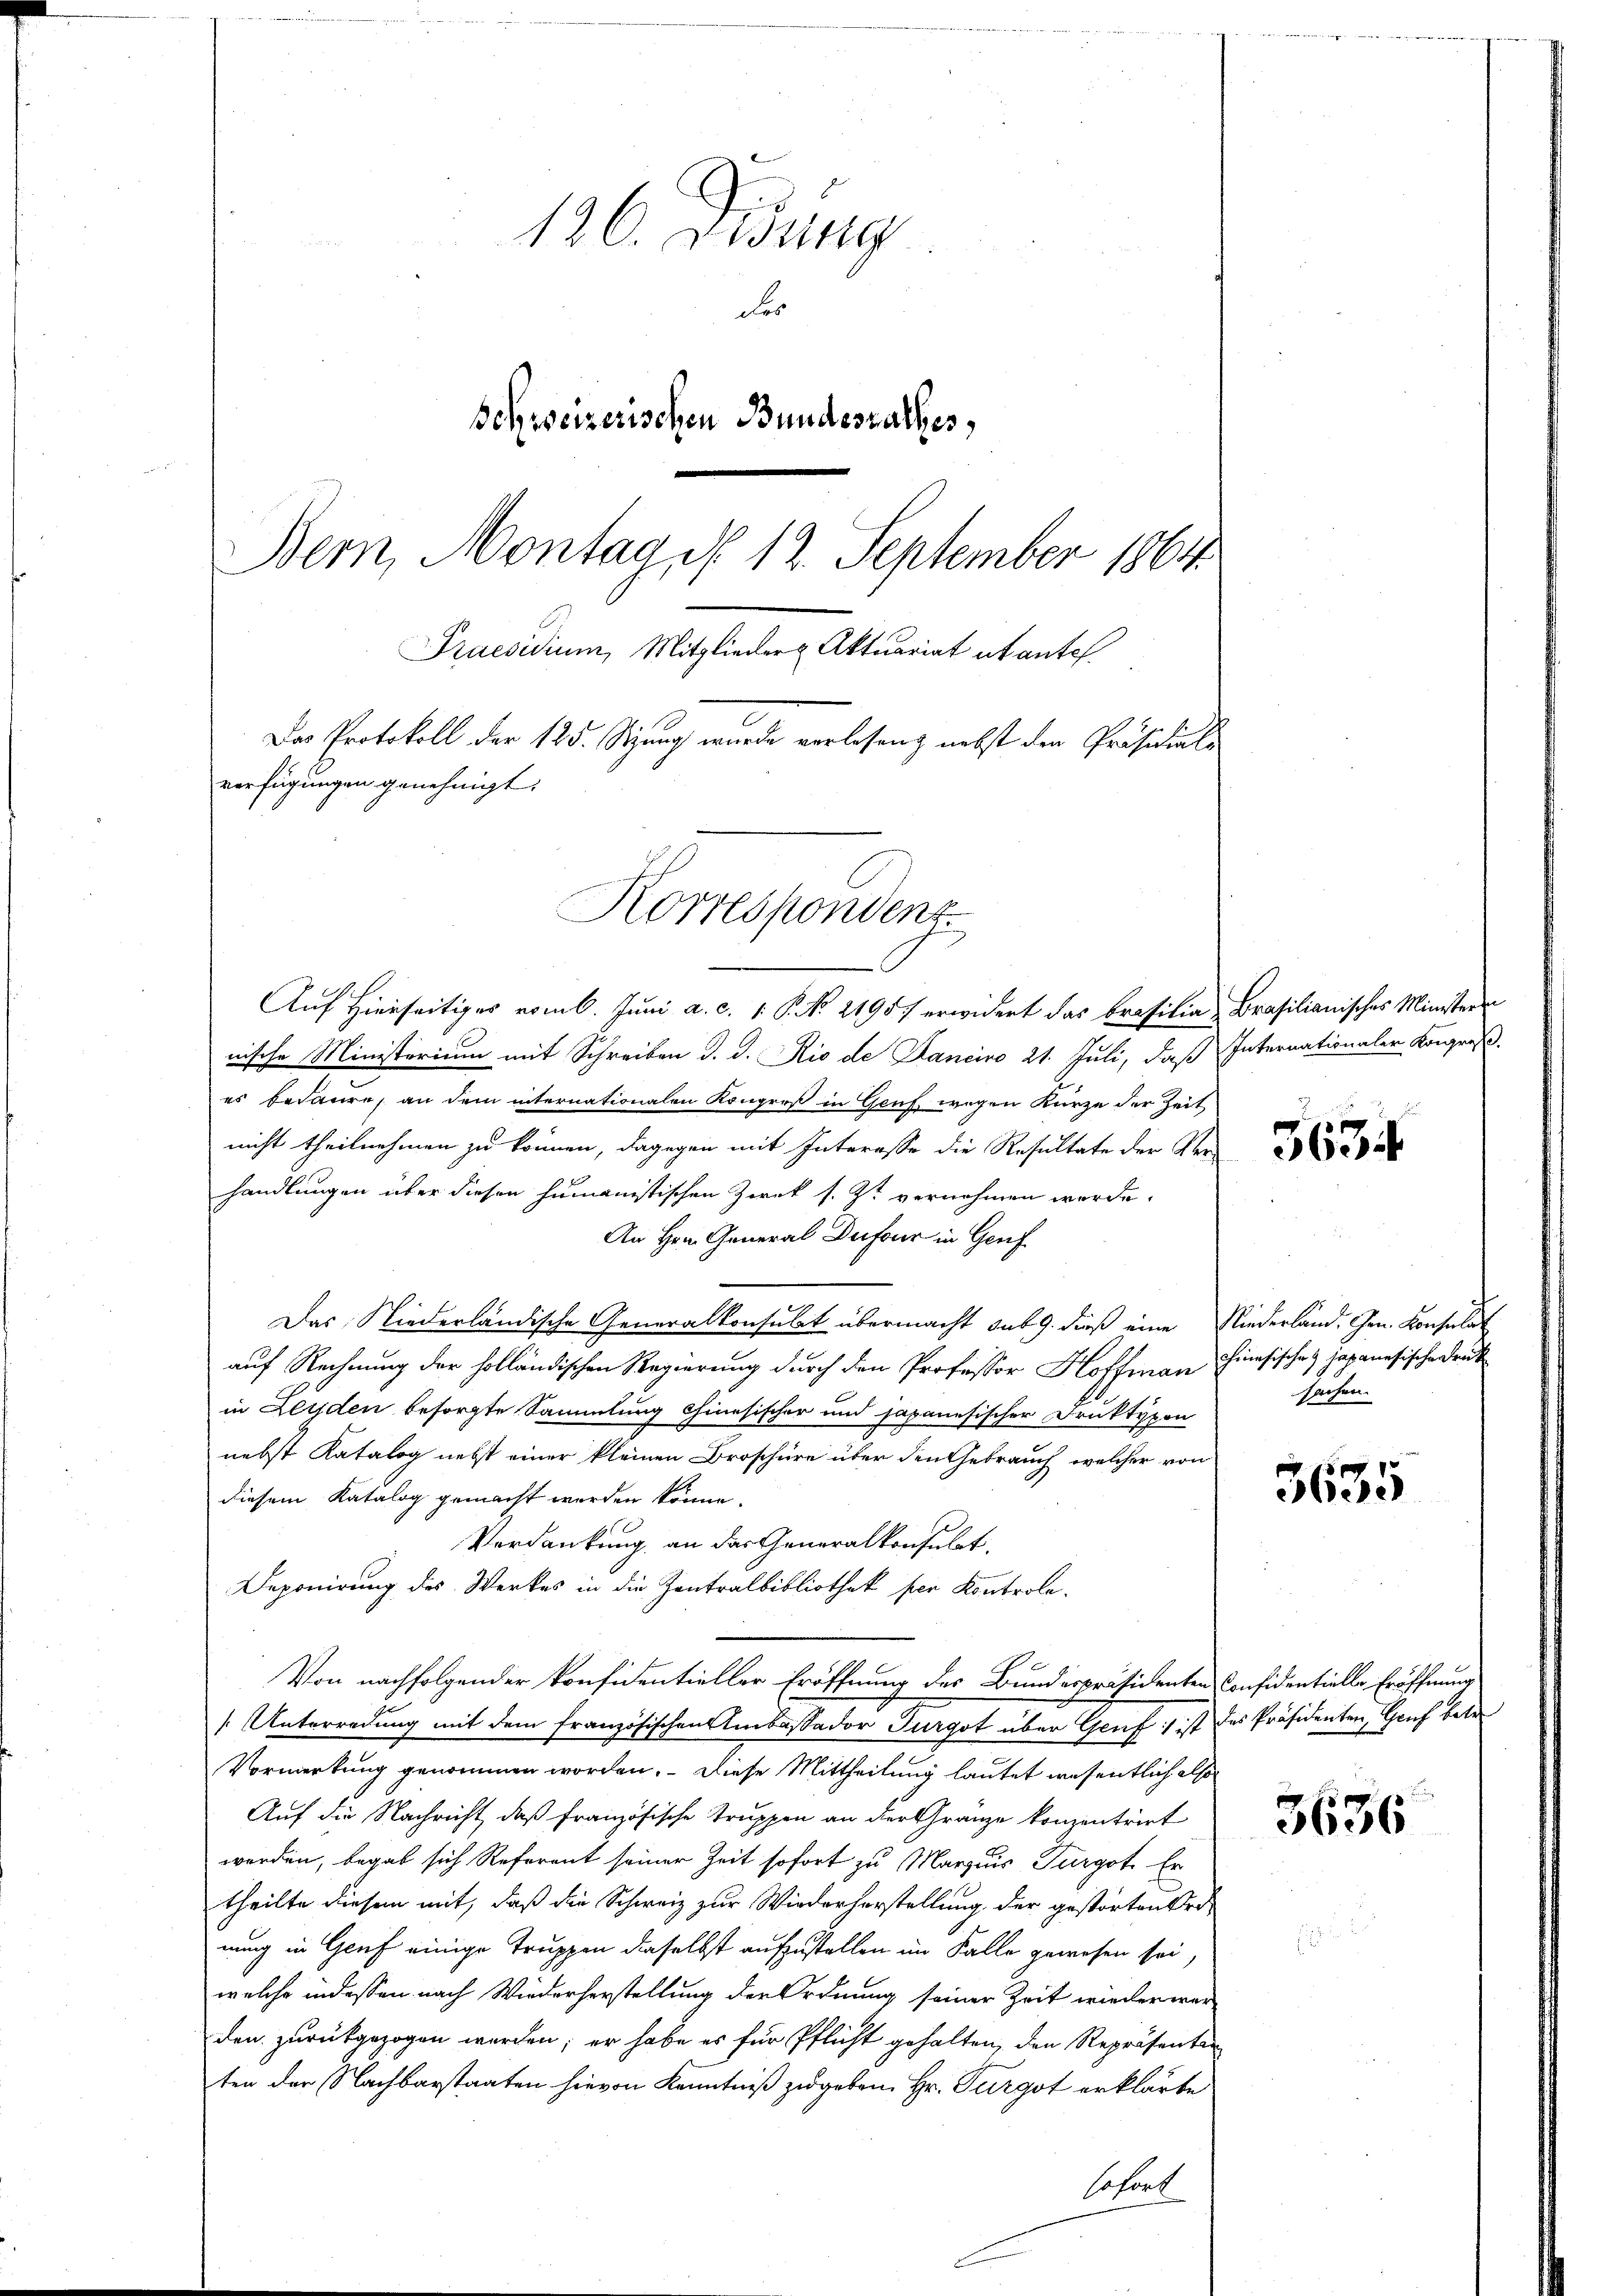
126. Didung
For
Schweizerischen Bundesrathes,
Bern, Montag d. 12. September 1864.
Praesidium, Mitglieder Aktuariat abante.
Das Protokoll der 125. Sizung wurde verlesung nebst den Präsidiale
verfügungen genehmigt:

Korrespondenz

Auf Hierseitiges vom 6. Juni a. c. 1. P. N. 21957 erwidert das Brasilia Brasilianisches Ministeren
nische Ministerium mit Schreiben d. d. Rio de Danciro 21. Juli, daß Internationaler Kongreß.
es bedaure, an dem internationalen Kongreß in Genf wegen Kurze der Zeit
nicht theilnehmen zu können, dagegen mit Interesse die Resultate der Ver-
handlungen über diesen humanistischen Zwek s. Zt. vernehmen werde.
An Hrn. General Dufour in Genf
Das Niederländische Generalkonsulat übermacht sub 9. dieß eine Niederland. Hrn. Konsulat
auf Rechnung der holländischen Regierung durch den Professor Hoffmann Hinsisches japanesischen Druck
in Leyden besorgte Sammlung chinesischer und japanesischer Druktypen
nebst Katalog nebst einer kleinen Broschüre über den Gebrauch, welcher von
diesem Katalog gemacht werden könne.
Verdankung an das Generalkonsulat,
Deponirung des Werkes in die Zentralbibliothek per Kontrole.
Von nachfolgender konfidentieller Eröffnung des Bundespräsidenten Considentielle Eröffnung
[Unterredung mit dem französischen Einbassador Turgot über Gruft ist des Präsidenten, Gruf betre
Vormerkung genommen worden. Diese Mittheilung lautet wesentlich also
Auf die Nachricht, daß französische Truppen an der Granze konzentrirt
werden, begab sich Referent seiner Zeit sofort zu Marzius Turgot. Er
theilte diesem mit, daß die Schweiz zur Wiederherstellung der gestörten re
nung in Genf einige Truppen dieselbst aufzustellen im Falle gewesen sei,
welche indessen nach Wiederherstellung der Ordnung seiner Zeit wieder werden zurückgezogen werden; er habe es für Pflicht gehalten, den Repräsenter
ten der Nachbarstaaten hievon Kenntniß zugeben. Hr. Furgot erklärte
Sofort

5634

sachen.

3635

3636